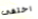
اختفى